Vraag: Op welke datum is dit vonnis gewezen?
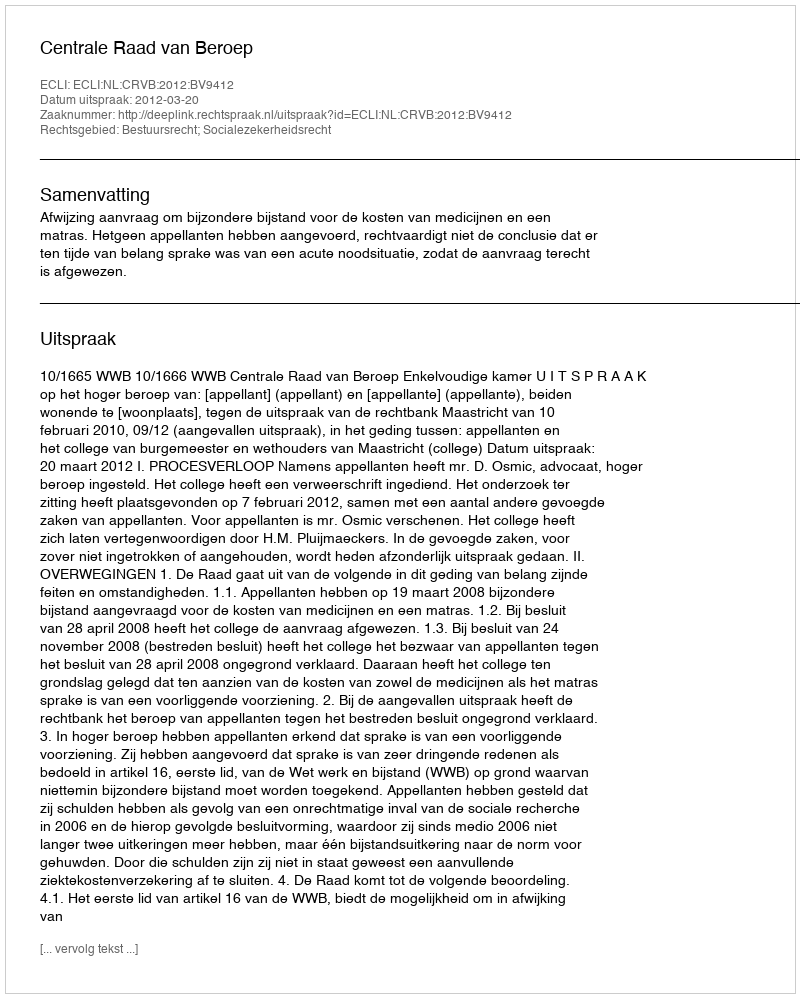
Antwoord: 2012-03-20